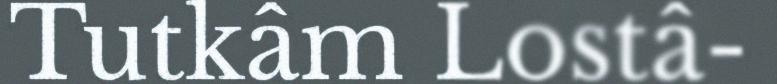
Tutkâm Lostâ-